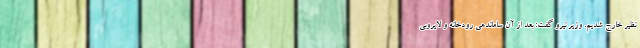
نظیر خارج شدیم. وزیر نیرو گفت: بعد از آن ساماندهی رودخانه و لایروبی